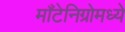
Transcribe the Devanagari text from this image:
माँटेनिग्रोमध्ये